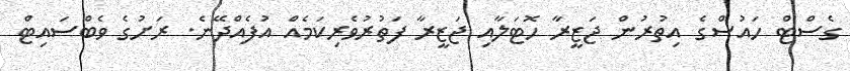
ގެސްޓް ހައުސްގެ އިތުރުން ޖަޒީރާ ހޮޓަލާއި ޖަޒީރާ ފަތުރުވެރިކަމެއް އުފެއްދޭނެ. ރަށުގެ ވެބްސައިޓް